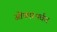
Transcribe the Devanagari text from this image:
ओंकारपर्वत